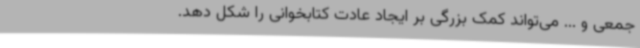
جمعی و ... می‌تواند کمک بزرگی بر ایجاد عادت کتابخوانی را شکل دهد.